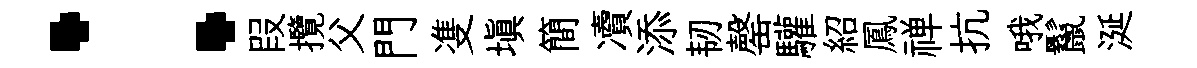
：叚攬父門㕠塡簡凟添韧罄驩紹鳳禅抗哦鬣涎